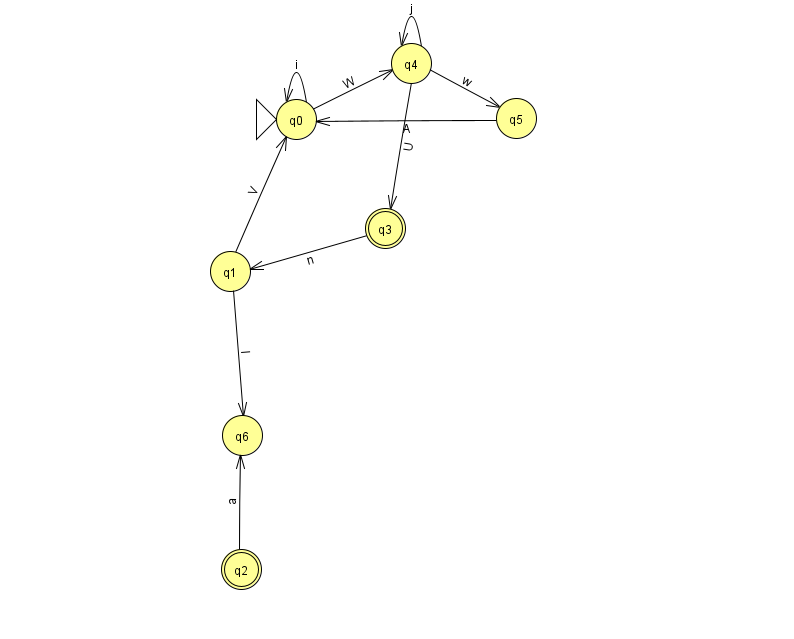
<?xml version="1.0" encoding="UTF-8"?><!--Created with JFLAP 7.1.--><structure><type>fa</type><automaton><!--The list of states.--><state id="0" name="q0"><x>296.0</x><y>106.0</y><initial/></state><state id="1" name="q1"><x>230.0</x><y>258.0</y></state><state id="2" name="q2"><x>241.0</x><y>556.0</y><final/></state><state id="3" name="q3"><x>385.0</x><y>215.0</y><final/></state><state id="4" name="q4"><x>411.0</x><y>50.0</y></state><state id="5" name="q5"><x>516.0</x><y>105.0</y></state><state id="6" name="q6"><x>242.0</x><y>422.0</y></state><!--The list of transitions.--><transition><from>4</from><to>3</to><read>U</read></transition><transition><from>2</from><to>6</to><read>a</read></transition><transition><from>5</from><to>0</to><read>A</read></transition><transition><from>0</from><to>4</to><read>W</read></transition><transition><from>0</from><to>0</to><read>i</read></transition><transition><from>3</from><to>1</to><read>n</read></transition><transition><from>4</from><to>4</to><read>j</read></transition><transition><from>1</from><to>0</to><read>V</read></transition><transition><from>1</from><to>6</to><read>l</read></transition><transition><from>4</from><to>5</to><read>w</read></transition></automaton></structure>